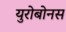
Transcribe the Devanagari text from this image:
युरोबोनस